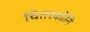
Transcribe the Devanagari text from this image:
चितरकोनि